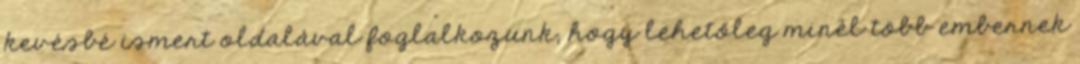
kevésbé ismert oldalával foglalkozunk, hogy lehetőleg minél több embernek